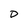
Character: D